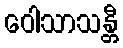
ဝေါသာသန္တီ